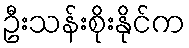
ဦးသန်းစိုးနိုင်က